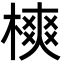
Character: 樉